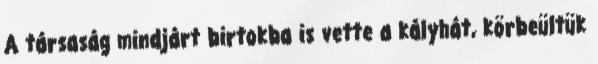
A társaság mindjárt birtokba is vette a kályhát, körbeültük